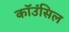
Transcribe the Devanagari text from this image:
कॉउंसिल